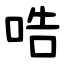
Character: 哠